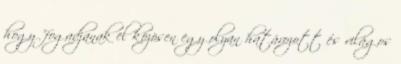
hogy "fogadjanak el közösen egy olyan határozott és világos